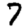
Digit: 7